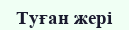
Туған жері